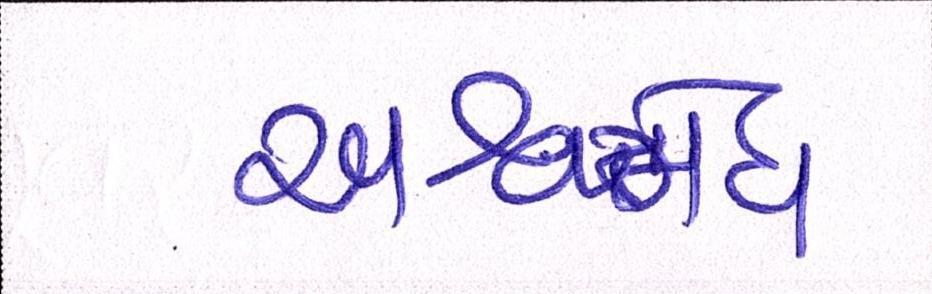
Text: અશ્વમેઘ